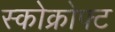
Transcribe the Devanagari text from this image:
स्कोक्रोफ्ट